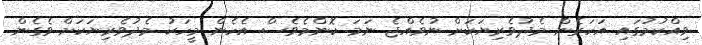
ވިއްކުމުގައި އަހަރެން މެދުވެރިޔަކަށް ނުވެއްޖެ ނަމަ ކޮންމެވެސް އެހެން މީހަކު މެދުވެރިޔަކަށް ވެގެން